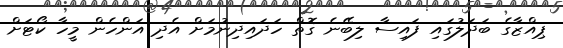
ޕިއްޒާގެ ބަދަލުގައި ފައިސާ ލިބޭނެ ގޮތް ހަދައިދިނުމަށް އެދި އަންހެން މީހާ ކޯޓަށް